Vaccination North-Western Provinces 1866-1877 - 1866-1877
Year: 1866
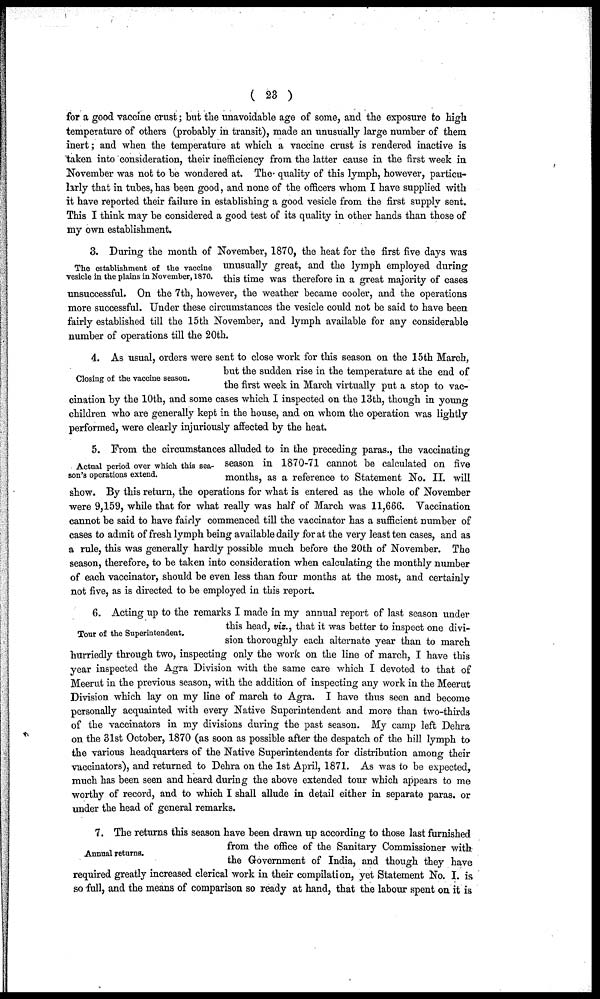
( 23 )
for a good vaccine crust; but the unavoidable age of some, and the exposure to high
temperature of others (probably in transit), made an unusually large number of them
inert; and when the temperature at which a vaccine crust is rendered inactive is
taken into consideration, their inefficiency from the latter cause in the first week in
November was not to be wondered at. The quality of this lymph, however, particu-
larly that in tubes, has been good, and none of the officers whom I have supplied with
it have reported their failure in establishing a good vesicle from the first supply sent.
This I think may be considered a good test of its quality in other hands than those of
my own establishment.
The establishment of the vaccine
vesicle in the plains in November, 1870.
3. During the month of November, 1870, the heat for the first five days was
unusually great, and the lymph employed during
this time was therefore in a great majority of cases
unsuccessful. On the 7th, however, the weather became cooler, and the operations
more successful. Under these circumstances the vesicle could not be said to have been
fairly established till the 15 th November, and lymph available for any considerable
number of operations till the 20th.
Closing of the vaccine season.
4. As usual, orders were sent to close work for this season on the 15th March,
but the sudden rise in the temperature at the end of
the first week in March virtually put a stop to vac-
cination by the 10th, and some cases which I inspected on the 13th, though in young
children who are generally kept in the house, and on whom the operation was lightly
performed, were clearly injuriously affected by the heat.
Actual period over which this sea-
son's operations extend.
5. From the circumstances alluded to in the preceding paras., the vaccinating
season in 1870-71 cannot be calculated on five
months, as a reference to Statement No. II. will
show. By this return, the operations for what is entered as the whole of November
were 9,159, while that for what really was half of March was 11,666. Vaccination
cannot be said to have fairly commenced till the vaccinator has a sufficient number of
cases to admit of fresh lymph being available daily for at the very least ten cases, and as
a rule, this was generally hardly possible much before the 20th of November. The
season, therefore, to be taken into consideration when calculating the monthly number
of each vaccinator, should be even less than four months at the most, and certainly
not five, as is directed to be employed in this report.
Tour of the Superintendent.
6. Acting up to the remarks I made in my annual report of last season under
this head, viz., that it was better to inspect one divi-
sion thoroughly each alternate year than to march
hurriedly through two, inspecting only the work on the line of march, I have this
year inspected the Agra Division with the same care which I devoted to that of
Meerut in the previous season, with the addition of inspecting any work in the Meerut
Division which lay on my line of march to Agra. I have thus seen and become
personally acquainted with every Native Superintendent and more than two-thirds
of the vaccinators in my divisions during the past season. My camp left Dehra
on the 31st October, 1870 (as soon as possible after the despatch of the hill lymph to
the various headquarters of the Native Superintendents for distribution among their
vaccinators), and returned to Dehra on the 1st April, 1871. As was to be expected,
much has been seen and heard during the above extended tour which appears to me
worthy of record, and to which I shall allude in detail either in separate paras. or
under the head of general remarks.
Annual returns.
7. The returns this season have been drawn up according to those last furnished
from the office of the Sanitary Commissioner with
the Government of India, and though they have
required greatly increased clerical work in their compilation, yet Statement No. I. is
so full, and the means of comparison so ready at hand, that the labour spent on it is